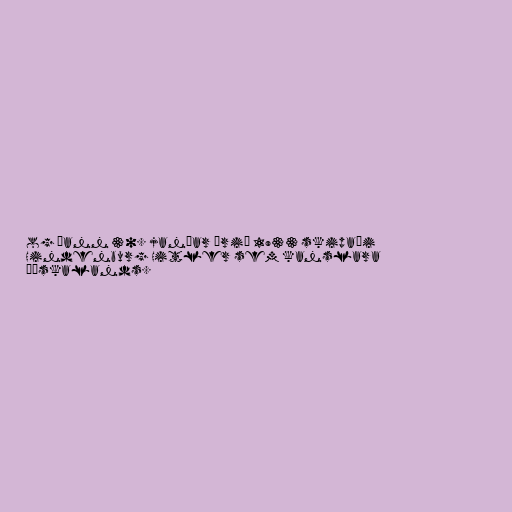
og þann 30. janúar árið 1933 skipaði
Hindenburg Hitler sem kanslara
Þýskalands.